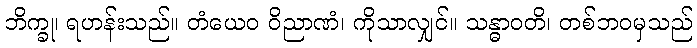
ဘိက္ခု၊ ရဟန်းသည်။ တံယေဝ ဝိညာဏံ၊ ကိုသာလျှင်။ သန္ဓာဝတိ၊ တစ်ဘဝမှသည်